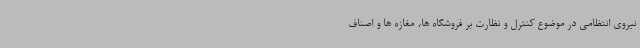
نیروی انتظامی در موضوع کنترل و نظارت بر فروشگاه ها، مغازه ها و اصناف